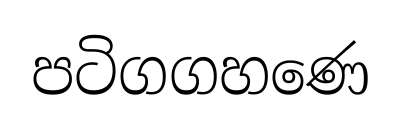
පටිගගහණෙ